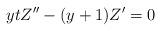
LaTeX: \begin{align*}ytZ^{\prime\prime}-(y+1)Z^\prime=0\end{align*}